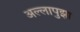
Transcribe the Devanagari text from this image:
अल्लापुझा